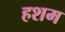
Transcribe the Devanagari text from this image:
हशम